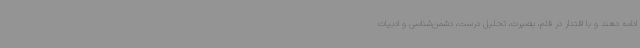
ادامه دهند و با اقتدار در قلم، بصیرت، تحلیل درست، دشمن‌شناسی و ادبیات